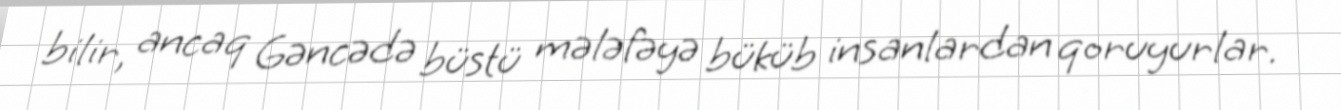
bilir, ancaq Gəncədə büstü mələfəyə büküb insanlardan qoruyurlar.